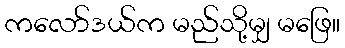
ကလော်ဒယ်က မည်သို့မျှ မဖြေ။